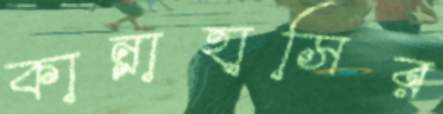
কান্নাহাসির